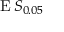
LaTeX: \operatorname { E } S _ { 0 . 0 5 }